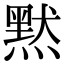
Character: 黙